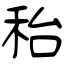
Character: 秮